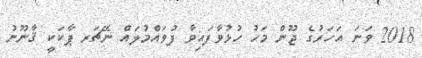
2018 ވަނަ އަހަރުގެ ޖޫން މަހު ހުޅުވާފައިވާ ފުވައްމުލައް ނޭޗަރ ޕާކަކީ ޤާނޫނު